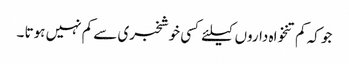
جو کہ کم تنخواہ داروں کیلئے کسی خوشخبری سے کم نہیں ہوتا ۔